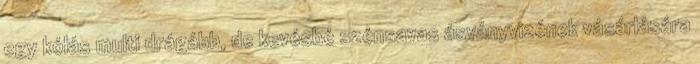
egy kólás multi drágább, de kevésbé szénsavas ásványvizének vásárlására